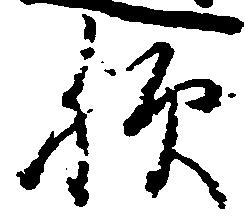
歟